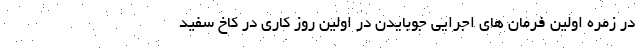
در زمره اولین فرمان های اجرایی جوبایدن در اولین روز کاری در کاخ سفید